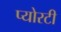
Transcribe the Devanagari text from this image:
प्योरटी